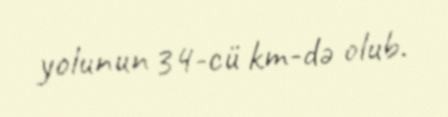
yolunun 34-cü km-də olub.